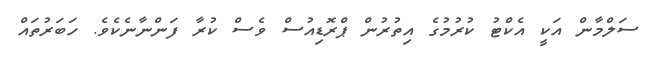
ސަލްމާން އަކީ އެކްޓު ކުރުމުގެ އިތުރުން ޕްރޮޑިއުސް ވެސް ކުރާ ފަންނާނެކެވެ. ހަބަރުތައް